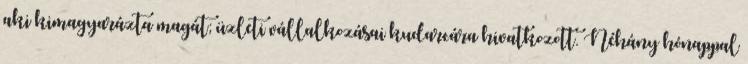
aki kimagyarázta magát; üzleti vállalkozásai kudarcára hivatkozott. Néhány hónappal